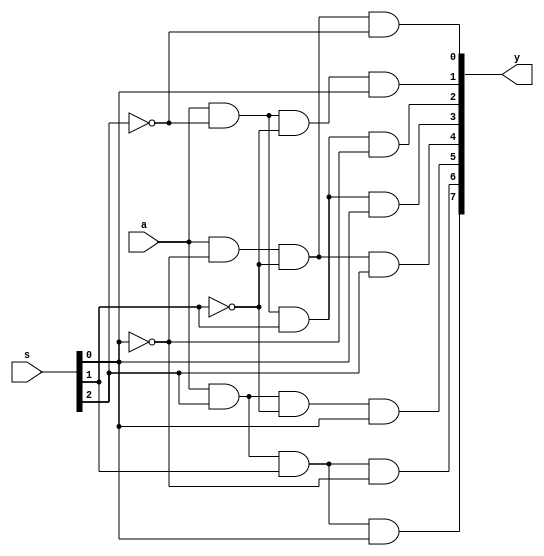
`timescale 1ns / 1ps
//////////////////////////////////////////////////////////////////////////////////
// Company: 
// Engineer: 
// 
// Design Name: 
// Module Name: demux_1x8
// Project Name: 
// Target Devices: 
// Tool Versions: 
// Description: 
// 
// Dependencies: 
// 
// Revision:
// Revision 0.01 - File Created
// Additional Comments:
// 
//////////////////////////////////////////////////////////////////////////////////


module demux_1x8(
    input a,
    input [2:0] s,
    output [7:0] y
    );
     wire w1,w2,w3;
    not a1(w1,s[0]);
    not a2(w2,s[1]);
    not a3(w3,s[2]);
    and a4(y[0],a,w1,w2,w3);
    and a5(y[1],a,w3,w2,s[0]);
     and a6(y[2],a,w3,s[1],w1);
    and a7(y[3],a,w3,s[1],s[0]);
    and a8(y[4],a,w1,w2,s[2]);
    and a9(y[5],a,s[2],w2,s[0]);
     and a10(y[6],a,s[2],s[1],w1);
    and a11(y[7],a,s[2],s[1],s[0]);
endmodule